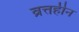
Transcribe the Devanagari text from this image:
व्रत्तहीन